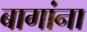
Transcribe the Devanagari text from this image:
बागांना